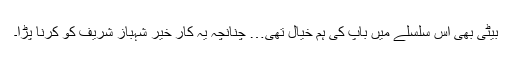
بیٹی بھی اس سلسلے میں باپ کی ہم خیال تھی… چنانچہ یہ کارِ خیر شہباز شریف کو کرنا پڑا۔